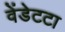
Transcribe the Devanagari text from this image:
वेंडेटटा